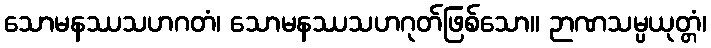
သောမနဿသဟဂတံ၊ သောမနဿသဟဂုတ်ဖြစ်သော။ ဉာဏသမ္ပယုတ္တံ၊